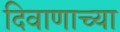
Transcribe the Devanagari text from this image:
दिवाणाच्या